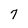
Character: 7